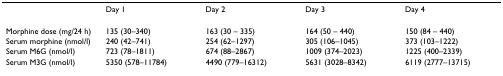
<table><thead><tr><td></td><td><b>Day 1</b></td><td><b>Day 2</b></td><td><b>Day 3</b></td><td><b>Day 4</b></td></tr></thead><tbody><tr><td>Morphine dose (mg/24 h)</td><td>135 (30–340)</td><td>163 (30 – 335)</td><td>164 (50 – 440)</td><td>150 (84 – 440)</td></tr><tr><td>Serum morphine (nmol/l)</td><td>240 (42–741)</td><td>254 (62–1297)</td><td>305 (106–1045)</td><td>373 (103–1222)</td></tr><tr><td>Serum M6G (nmol/l)</td><td>723 (78–1811)</td><td>674 (88–2867)</td><td>1009 (374–2023)</td><td>1225 (400–2339)</td></tr><tr><td>Serum M3G (nmol/l)</td><td>5350 (578–11784)</td><td>4490 (779–16312)</td><td>5631 (3028–8342)</td><td>6119 (2777–13715)</td></tr></tbody></table>